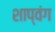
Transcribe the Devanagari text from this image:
शाप्वंग